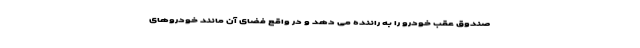
صندوق عقب خودرو را به راننده می دهد و در واقع فضای آن مانند خودروهای